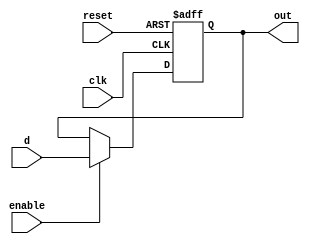
module d_flipflop(d, clk, enable, reset, out);

  input d, clk, enable, reset;
  output out;

  reg out;

  always @ (posedge clk or posedge reset) begin
    if (reset)
      out = 0;
    else
      if (enable)
        out = d;
  end

endmodule